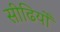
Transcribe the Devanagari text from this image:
सीढियोँ